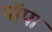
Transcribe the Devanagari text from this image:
पॉपा